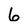
Character: 6